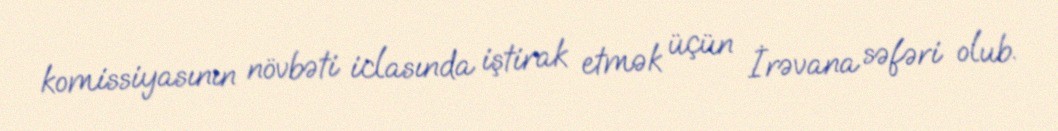
komissiyasının növbəti iclasında iştirak etmək üçün İrəvana səfəri olub.